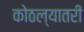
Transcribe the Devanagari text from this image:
कोठल्यातरी